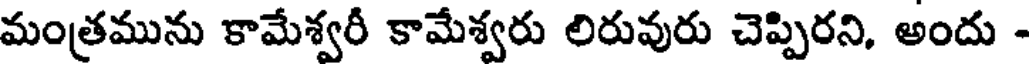
మంత్రమును కామేశ్వరీ కామేశ్వరు లిరువురు చెప్పిరని, అందు -